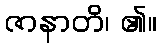
ဇာနာတိ၊ ၏။